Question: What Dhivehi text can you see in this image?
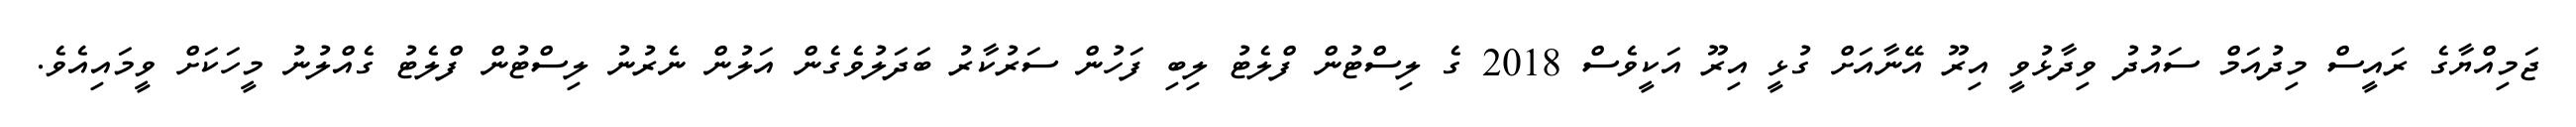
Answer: ޖަމިއްޔާގެ ރައީސް މިދުއަމް ސައުދު ވިދާޅުވީ އިރޫ އޭނާއަށް ގުޅީ އިރޫ އަކީވެސް 2018 ގެ ލިސްޓުން ފްލެޓު ލިބި ފަހުން ސަރުކާރު ބަދަލުވެގެން އަލުން ނެރުނު ލިސްޓުން ފްލެޓު ގެއްލުނު މީހަކަށް ވީމައިއެވެ.